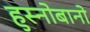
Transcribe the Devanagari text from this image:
हुस्नोबानो